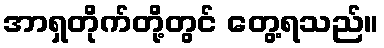
အာရှတိုက်တို့တွင် တွေ့ရသည်။